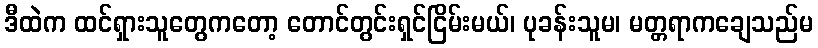
ဒီထဲက ထင်ရှားသူတွေကတော့ တောင်တွင်းရှင်ငြိမ်းမယ်၊ ပုခန်းသူမ၊ မတ္တရာကချေသည်မ